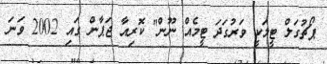
ޕޯޗުގަލް ޓީމަކީ ވަރުގަދަ ޓީމެއް ނޫން" ކޮރިއާ ޖަޕާން ގައި 2002 ވަނަ